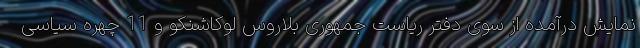
نمایش درآمده از سوی دفتر ریاست جمهوری بلاروس لوکاشنکو و 11 چهره سیاسی